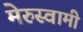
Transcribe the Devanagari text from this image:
मेरुस्वामी